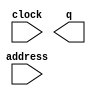
// megafunction wizard: %ROM: 1-PORT%VBB%
// GENERATION: STANDARD
// VERSION: WM1.0
// MODULE: altsyncram 

// ============================================================
// Megafunction Name(s):
// 			altsyncram
//
// Simulation Library Files(s):
// 			altera_mf
// ============================================================
// ************************************************************
// THIS IS A WIZARD-GENERATED FILE. DO NOT EDIT THIS FILE!
//
// 17.0.2 Build 602 07/19/2017 SJ Lite Edition
// ************************************************************

//Copyright (C) 2017  Intel Corporation. All rights reserved.
//Your use of Intel Corporation's design tools, logic functions 
//and other software and tools, and its AMPP partner logic 
//functions, and any output files from any of the foregoing 
//(including device programming or simulation files), and any 
//associated documentation or information are expressly subject 
//to the terms and conditions of the Intel Program License 
//Subscription Agreement, the Intel Quartus Prime License Agreement,
//the Intel MegaCore Function License Agreement, or other 
//applicable license agreement, including, without limitation, 
//that your use is for the sole purpose of programming logic 
//devices manufactured by Intel and sold by Intel or its 
//authorized distributors.  Please refer to the applicable 
//agreement for further details.

module character_rom (
	address,
	clock,
	q);

	input	[10:0]  address;
	input	  clock;
	output	[7:0]  q;
`ifndef ALTERA_RESERVED_QIS
// synopsys translate_off
`endif
	tri1	  clock;
`ifndef ALTERA_RESERVED_QIS
// synopsys translate_on
`endif

endmodule

// ============================================================
// CNX file retrieval info
// ============================================================
// Retrieval info: PRIVATE: ADDRESSSTALL_A NUMERIC "0"
// Retrieval info: PRIVATE: AclrAddr NUMERIC "0"
// Retrieval info: PRIVATE: AclrByte NUMERIC "0"
// Retrieval info: PRIVATE: AclrOutput NUMERIC "0"
// Retrieval info: PRIVATE: BYTE_ENABLE NUMERIC "0"
// Retrieval info: PRIVATE: BYTE_SIZE NUMERIC "8"
// Retrieval info: PRIVATE: BlankMemory NUMERIC "0"
// Retrieval info: PRIVATE: CLOCK_ENABLE_INPUT_A NUMERIC "0"
// Retrieval info: PRIVATE: CLOCK_ENABLE_OUTPUT_A NUMERIC "0"
// Retrieval info: PRIVATE: Clken NUMERIC "0"
// Retrieval info: PRIVATE: IMPLEMENT_IN_LES NUMERIC "0"
// Retrieval info: PRIVATE: INIT_FILE_LAYOUT STRING "PORT_A"
// Retrieval info: PRIVATE: INIT_TO_SIM_X NUMERIC "0"
// Retrieval info: PRIVATE: INTENDED_DEVICE_FAMILY STRING "Cyclone V"
// Retrieval info: PRIVATE: JTAG_ENABLED NUMERIC "0"
// Retrieval info: PRIVATE: JTAG_ID STRING "NONE"
// Retrieval info: PRIVATE: MAXIMUM_DEPTH NUMERIC "0"
// Retrieval info: PRIVATE: MIFfilename STRING "../font.mif"
// Retrieval info: PRIVATE: NUMWORDS_A NUMERIC "2048"
// Retrieval info: PRIVATE: RAM_BLOCK_TYPE NUMERIC "0"
// Retrieval info: PRIVATE: RegAddr NUMERIC "1"
// Retrieval info: PRIVATE: RegOutput NUMERIC "1"
// Retrieval info: PRIVATE: SYNTH_WRAPPER_GEN_POSTFIX STRING "0"
// Retrieval info: PRIVATE: SingleClock NUMERIC "1"
// Retrieval info: PRIVATE: UseDQRAM NUMERIC "0"
// Retrieval info: PRIVATE: WidthAddr NUMERIC "11"
// Retrieval info: PRIVATE: WidthData NUMERIC "8"
// Retrieval info: PRIVATE: rden NUMERIC "0"
// Retrieval info: LIBRARY: altera_mf altera_mf.altera_mf_components.all
// Retrieval info: CONSTANT: ADDRESS_ACLR_A STRING "NONE"
// Retrieval info: CONSTANT: CLOCK_ENABLE_INPUT_A STRING "BYPASS"
// Retrieval info: CONSTANT: CLOCK_ENABLE_OUTPUT_A STRING "BYPASS"
// Retrieval info: CONSTANT: INIT_FILE STRING "../font.mif"
// Retrieval info: CONSTANT: INTENDED_DEVICE_FAMILY STRING "Cyclone V"
// Retrieval info: CONSTANT: LPM_HINT STRING "ENABLE_RUNTIME_MOD=NO"
// Retrieval info: CONSTANT: LPM_TYPE STRING "altsyncram"
// Retrieval info: CONSTANT: NUMWORDS_A NUMERIC "2048"
// Retrieval info: CONSTANT: OPERATION_MODE STRING "ROM"
// Retrieval info: CONSTANT: OUTDATA_ACLR_A STRING "NONE"
// Retrieval info: CONSTANT: OUTDATA_REG_A STRING "CLOCK0"
// Retrieval info: CONSTANT: WIDTHAD_A NUMERIC "11"
// Retrieval info: CONSTANT: WIDTH_A NUMERIC "8"
// Retrieval info: CONSTANT: WIDTH_BYTEENA_A NUMERIC "1"
// Retrieval info: USED_PORT: address 0 0 11 0 INPUT NODEFVAL "address[10..0]"
// Retrieval info: USED_PORT: clock 0 0 0 0 INPUT VCC "clock"
// Retrieval info: USED_PORT: q 0 0 8 0 OUTPUT NODEFVAL "q[7..0]"
// Retrieval info: CONNECT: @address_a 0 0 11 0 address 0 0 11 0
// Retrieval info: CONNECT: @clock0 0 0 0 0 clock 0 0 0 0
// Retrieval info: CONNECT: q 0 0 8 0 @q_a 0 0 8 0
// Retrieval info: GEN_FILE: TYPE_NORMAL character_rom.v TRUE
// Retrieval info: GEN_FILE: TYPE_NORMAL character_rom.inc FALSE
// Retrieval info: GEN_FILE: TYPE_NORMAL character_rom.cmp FALSE
// Retrieval info: GEN_FILE: TYPE_NORMAL character_rom.bsf FALSE
// Retrieval info: GEN_FILE: TYPE_NORMAL character_rom_inst.v TRUE
// Retrieval info: GEN_FILE: TYPE_NORMAL character_rom_bb.v TRUE
// Retrieval info: LIB_FILE: altera_mf